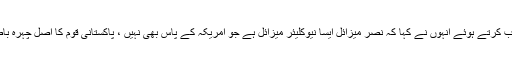
ایک تقریب سے خطاب کرتے ہوئے انہوں نے کہا کہ نصر میزائل ایسا نیوکلیئر میزائل ہے جو امریکہ کے پاس بھی نہیں ، پاکستانی قوم کا اصل چہرہ باصلاحیت نوجوان ہیں ۔